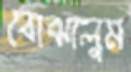
বোঝালুম